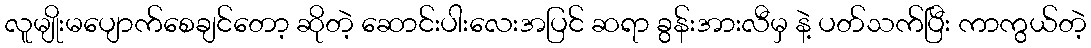
လူမျိုးမပျောက်စေချင်တော့ ဆိုတဲ့ ဆောင်းပါးလေးအပြင် ဆရာ ခွန်းအားလီမှ နဲ့ ပတ်သက်ပြီး ကာကွယ်တဲ့